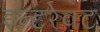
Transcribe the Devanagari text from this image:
इन्टरेक्ट